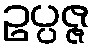
ဥပ္ပဇ္ဇ